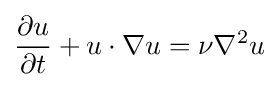
{\frac {\partial u}{\partial t}}+u\cdot \nabla u=\nu \nabla ^{2}u